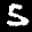
Label: 5